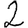
Digit: 2